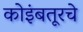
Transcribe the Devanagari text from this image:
कोइंबतूरचे